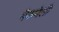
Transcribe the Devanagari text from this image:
मैकनेली